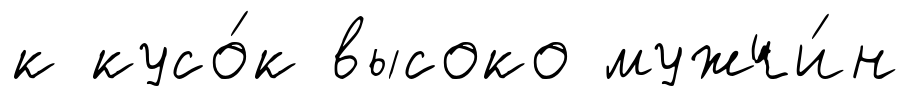
к кусо́к высоко мужчи́н